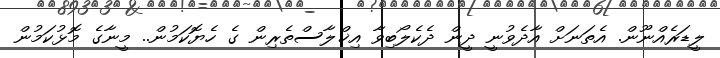
ލީޑަރެއްނޫން. އެތަނަށް އާދެވުނީ ދީން ދެކެލޯބިވާ އިޚްލާސްތެރިން ގެ ހެޔޮކަމުން.. މީނާގެ މޮޅުކަމުން